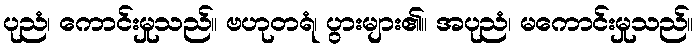
ပုညံ၊ ကောင်းမှုသည်။ ဗဟုတရံ၊ ပွားများ၏။ အပုညံ၊ မကောင်းမှုသည်။